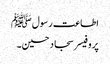
اطاعت رسولﷺ
پروفیسر سجاد حسین۔